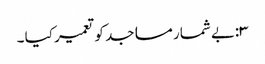
۳:بے شمار مساجد کو تعمیر کیا ۔